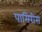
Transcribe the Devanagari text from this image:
पामिरीस